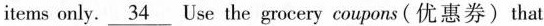
items only. \underline{34} Use the grocery coupons (优惠券) that